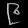
Digit: ၉